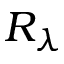
R _ { \lambda }